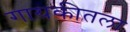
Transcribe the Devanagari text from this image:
गायकीतला